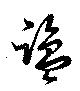
塩